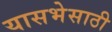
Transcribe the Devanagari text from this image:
यासभेसाठी